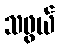
သဖွယ်